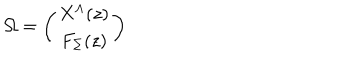
\Omega = \left( \begin{matrix} { { X ^ { \Lambda } ( z ) } } \\ { { F _ { \Sigma } ( z ) } } \\ \end{matrix} \right)